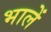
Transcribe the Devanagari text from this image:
भालें